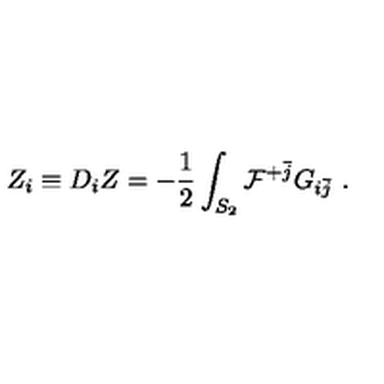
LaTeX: Z _ { i } \equiv D _ { i } Z = - { \frac { 1 } { 2 } } \int _ { S _ { 2 } } { \cal F } ^ { + \bar { j } } G _ { i \bar { j } } \ .